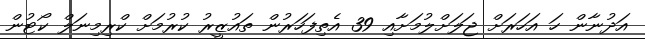
އަދުނާން ހަ އަހަރަށް ޖަލަށްލުމަށާއި 39 އެތިފަހަރުން ތައުޒީރު ކުރުމަށް ކްރިމިނަލް ކޯޓުން